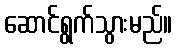
ဆောင်ရွက်သွားမည်။